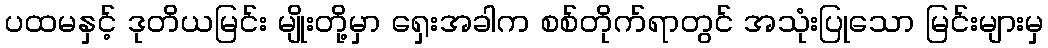
ပထမနှင့် ဒုတိယမြင်း မျိုးတို့မှာ ရှေးအခါက စစ်တိုက်ရာတွင် အသုံးပြုသော မြင်းများမှ